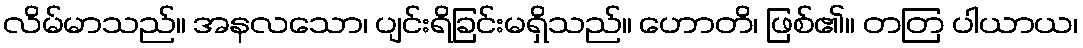
လိမ်မာသည်။ အနလသော၊ ပျင်းရိခြင်းမရှိသည်။ ဟောတိ၊ ဖြစ်၏။ တတြ ပါယာယ၊